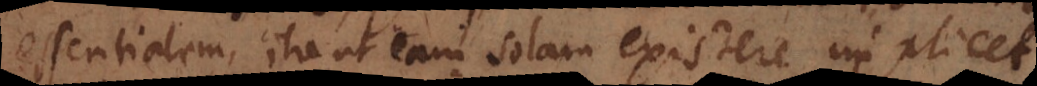
essentialem, ita ut eam solam existere impli